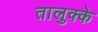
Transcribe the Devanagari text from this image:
तालुक्के